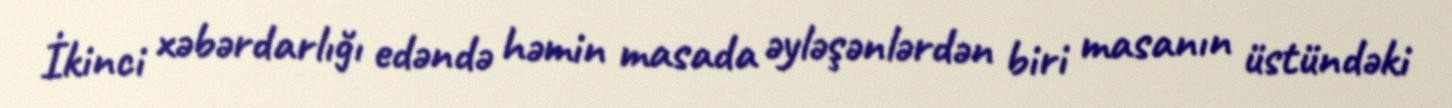
İkinci xəbərdarlığı edəndə həmin masada əyləşənlərdən biri masanın üstündəki